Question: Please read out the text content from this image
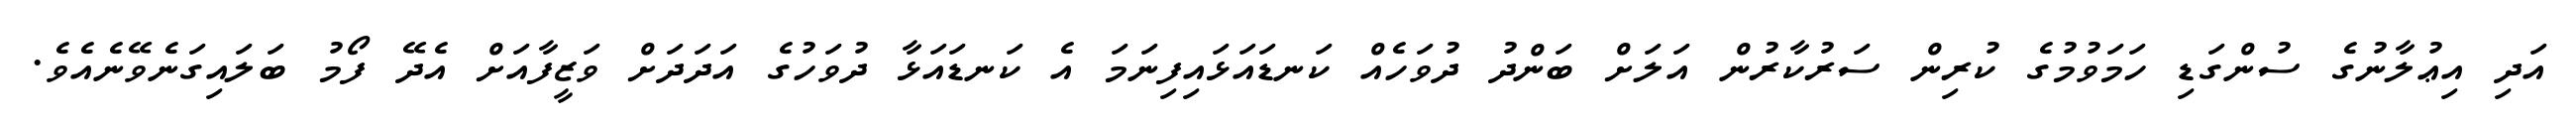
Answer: އަދި އިޢުލާނުގެ ސުންގަޑި ހަމަވުމުގެ ކުރިން ސަރުކާރުން އަލަށް ބަންދު ދުވަހެއް ކަނޑައަޅައިފިނަމަ އެ ކަނޑައަޅާ ދުވަހުގެ އަދަދަށް ވަޒީފާއަށް އެދޭ ފޯމު ބަލައިގަނެވޭނެއެވެ.